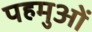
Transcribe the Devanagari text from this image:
पहमुओं